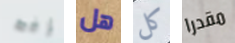
إنه هل كل مقدرا